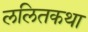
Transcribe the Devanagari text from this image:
ललितकथा